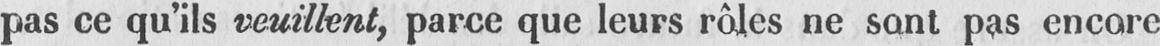
pas ce qu’ils veuillent, parce que leurs rôles ne sont pas encore